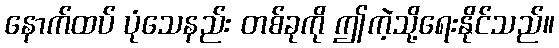
နောက်ထပ် ပုံသေနည်း တစ်ခုကို ဤကဲ့သို့ရေးနိုင်သည်။